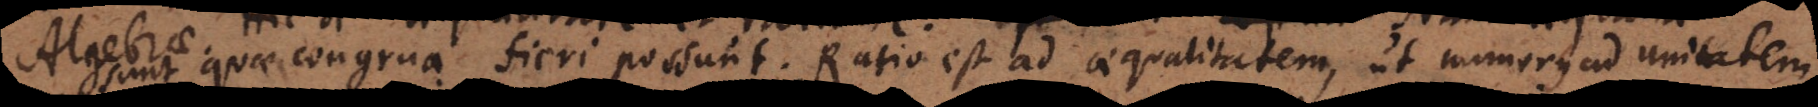
nt quae congrua fieri possunt. Ratio est ad aequalitatem, ut numerus ad unitatem.